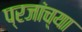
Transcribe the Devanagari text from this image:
प्रजांच्या